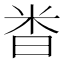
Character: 𫂵